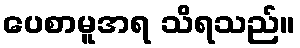
ပေစာမူအရ သိရသည်။